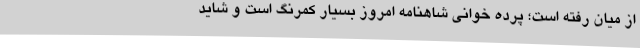
از میان رفته است؛ پرده خوانی شاهنامه امروز بسیار کمرنگ‌ است و شاید